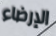
الإرضاء